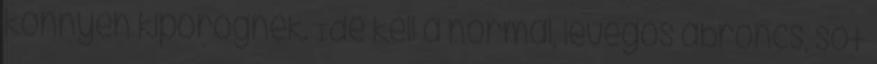
könnyen kipörögnek. Ide kell a normál, levegős abroncs, sőt